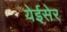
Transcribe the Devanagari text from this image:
येईसेर